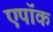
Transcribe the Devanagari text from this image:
एपॉक